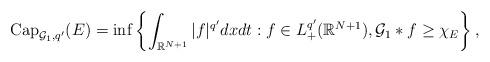
LaTeX: \begin{align*} \operatorname{Cap}_{\mathcal{G}_1,q'}(E)=\inf\left\{\int_{\mathbb{R}^{N+1}}|f|^{q'}dxdt: f\in L^{q'}_+(\mathbb{R}^{N+1}), \mathcal{G}_1*f\geq \chi_E\right\}, \end{align*}